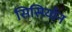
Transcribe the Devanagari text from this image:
सिसियॉन